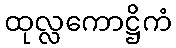
ထုလ္လကောဋ္ဌိကံ